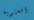
السنوية